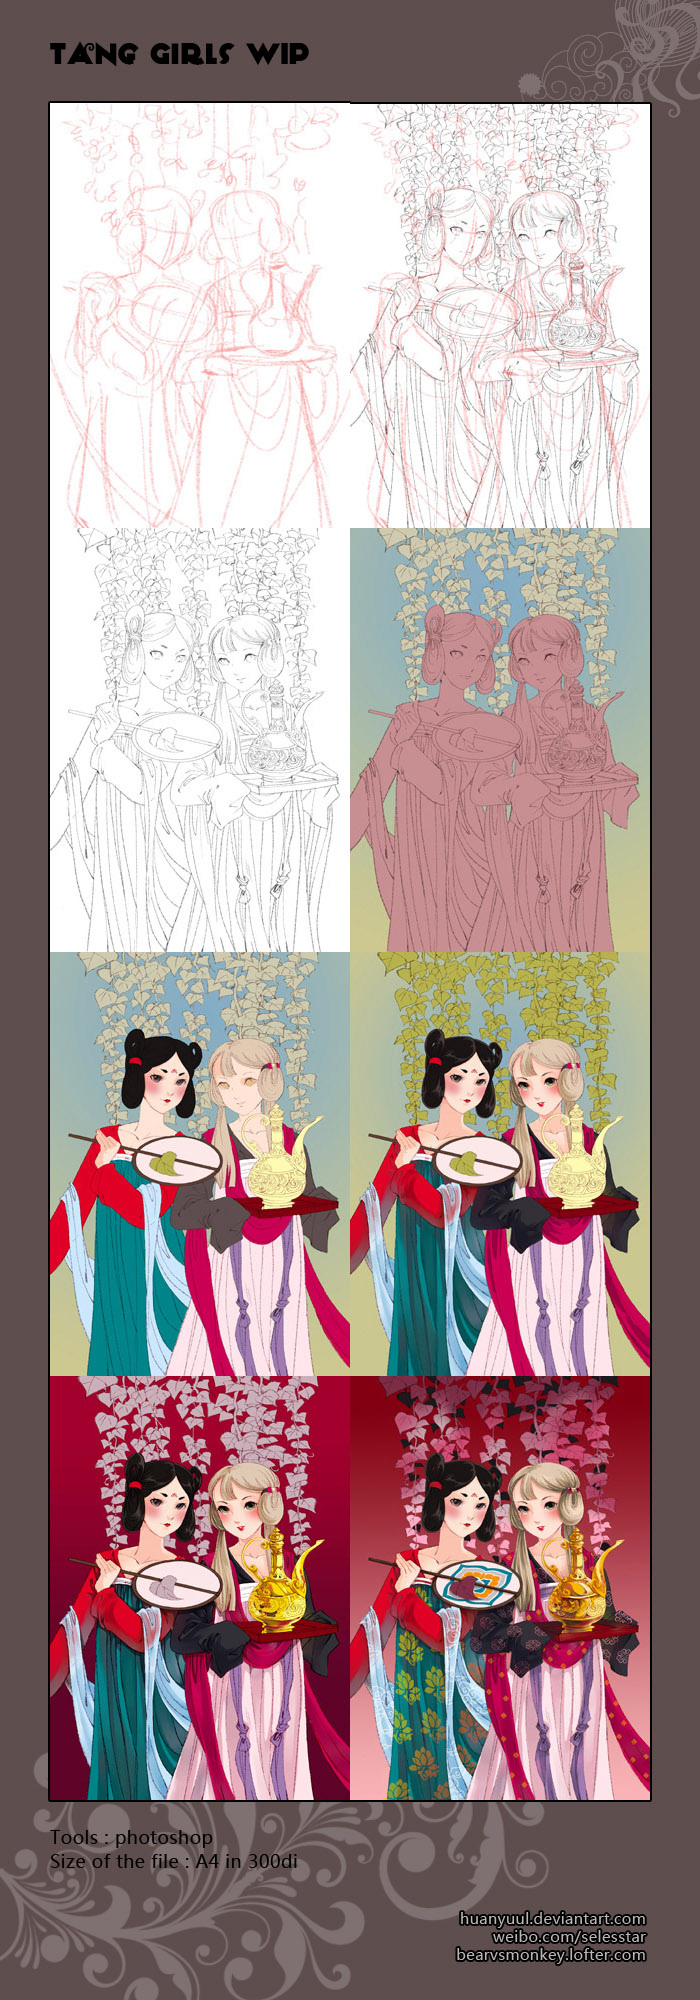
长安白日照春空，绿杨结烟垂袅风。